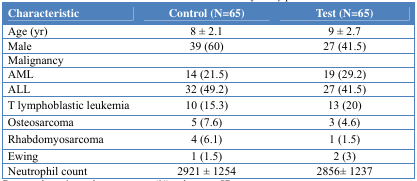
<table><thead><tr><td><b>Characteristic </b></td><td><b>Control (N=65)</b></td><td><b>Test (N=65)</b></td></tr></thead><tbody><tr><td>Age (yr)</td><td>8 ± 2.1</td><td>9 ± 2.7</td></tr><tr><td>Male</td><td>39 (60)</td><td>27 (41.5)</td></tr><tr><td>Malignancy</td><td></td><td></td></tr><tr><td>AML</td><td>14 (21.5)</td><td>19 (29.2)</td></tr><tr><td>ALL</td><td>32 (49.2)</td><td>27 (41.5)</td></tr><tr><td>T lymphoblastic leukemia</td><td>10 (15.3)</td><td>13 (20)</td></tr><tr><td>Osteosarcoma</td><td>5 (7.6)</td><td>3 (4.6)</td></tr><tr><td>Rhabdomyosarcoma</td><td>4 (6.1)</td><td>1 (1.5)</td></tr><tr><td>Ewing</td><td>1 (1.5)</td><td>2 (3)</td></tr><tr><td>Neutrophil count</td><td>2921 ± 1254</td><td>2856± 1237</td></tr></tbody></table>